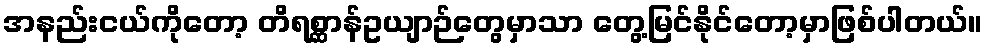
အနည်းငယ်ကိုတော့ တိရစ္ဆာန်ဥယျာဉ်တွေမှာသာ တွေ့မြင်နိုင်တော့မှာဖြစ်ပါတယ်။